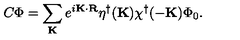
C \Phi = \sum _ { \bf K } e ^ { i { \bf K \cdot R } } \eta ^ { \dagger } ( { \bf K } ) \chi ^ { \dagger } ( { \bf - K } ) \Phi _ { 0 } .